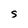
Character: S